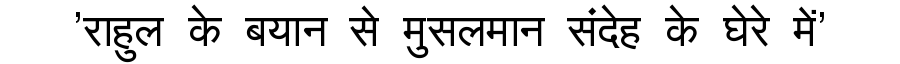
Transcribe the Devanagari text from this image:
'राहुल के बयान से मुसलमान संदेह के घेरे में'